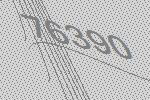
76390